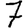
Digit: 7